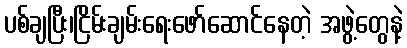
ပစ်ချပြီး၊ငြိမ်းချမ်းရေးဖော်ဆောင်နေတဲ့ အဖွဲ့တွေနဲ့